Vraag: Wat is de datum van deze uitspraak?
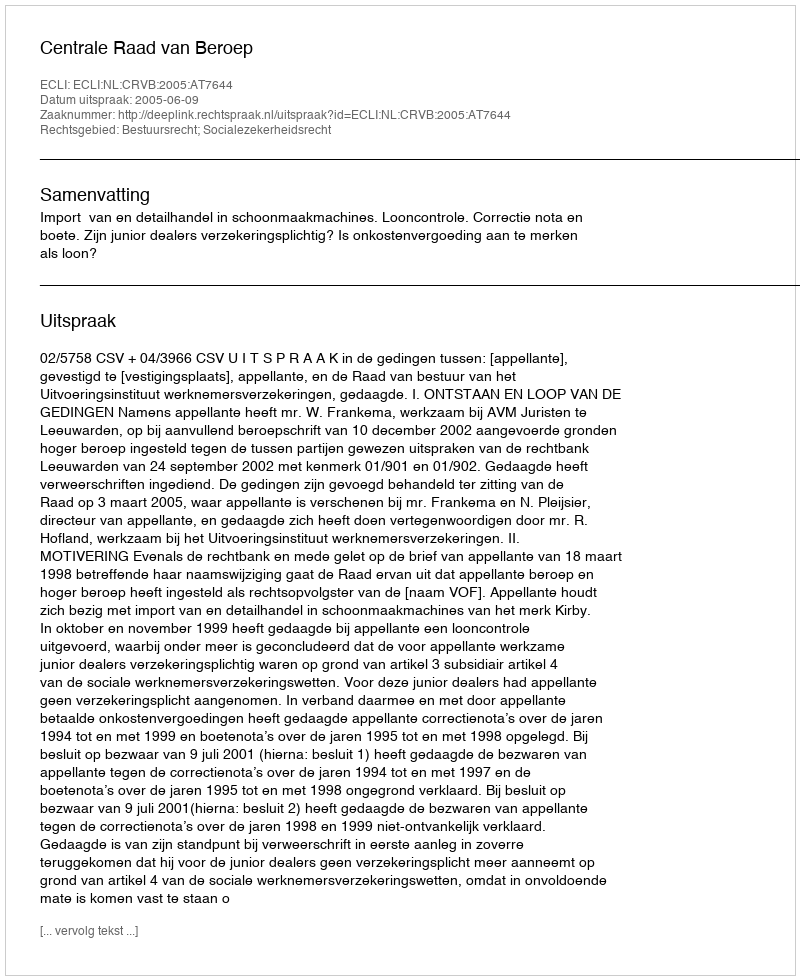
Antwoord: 2005-06-09